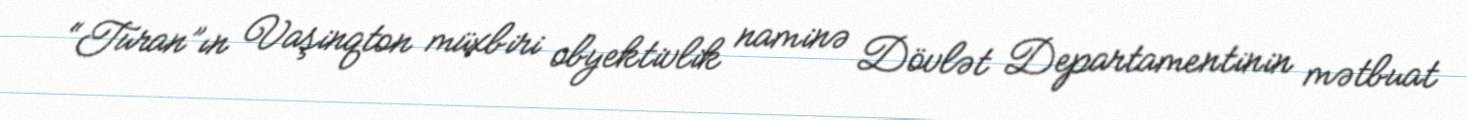
“Turan”ın Vaşinqton müxbiri obyektivlik naminə Dövlət Departamentinin mətbuat